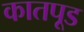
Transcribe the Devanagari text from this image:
कातपूड